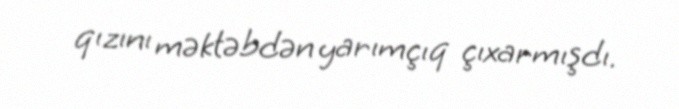
qızını məktəbdən yarımçıq çıxarmışdı.